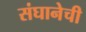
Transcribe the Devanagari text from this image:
संघानेची